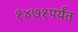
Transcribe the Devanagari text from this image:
१४७१पर्यंत